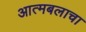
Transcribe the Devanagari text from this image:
आत्मबलाचा